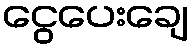
ငွေပေးချေ